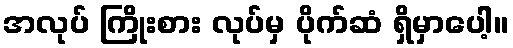
အလုပ် ကြိုးစား လုပ်မှ ပိုက်ဆံ ရှိမှာပေါ့။